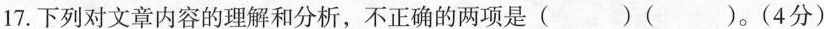
17.下列对文章内容的理解和分析，不正确的两项是()()。(4分)